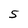
Character: 5